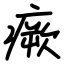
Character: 瘚